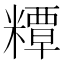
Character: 䊤